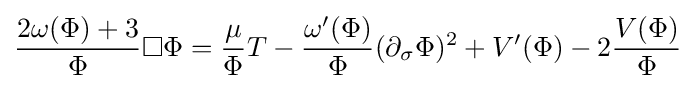
{\frac {2\omega (\Phi )+3}{\Phi }}\Box \Phi ={\frac {\mu }{\Phi }}T-{\frac {\omega '(\Phi )}{\Phi }}(\partial _{\sigma }\Phi )^{2}+V'(\Phi )-2{\frac {V(\Phi )}{\Phi }}